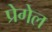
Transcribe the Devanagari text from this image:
प्रेगेल